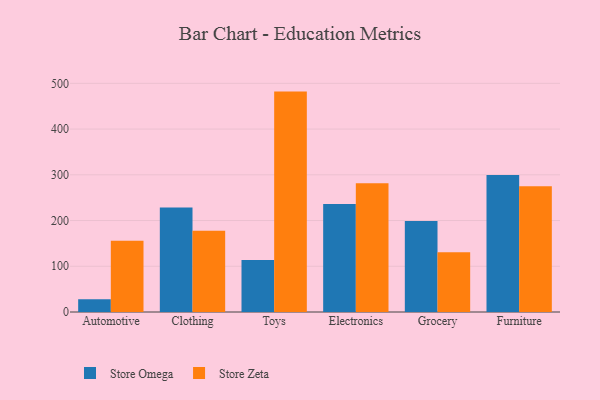
{"axis": {"x": "Category", "y": "Production Output"}, "legend": ["Store Omega", "Store Zeta"], "data": [{"x": "Automotive", "y": 28.1, "type": "Store Omega"}, {"x": "Automotive", "y": 155.7, "type": "Store Zeta"}, {"x": "Clothing", "y": 228.6, "type": "Store Omega"}, {"x": "Clothing", "y": 177.6, "type": "Store Zeta"}, {"x": "Toys", "y": 113.5, "type": "Store Omega"}, {"x": "Toys", "y": 481.9, "type": "Store Zeta"}, {"x": "Electronics", "y": 236.3, "type": "Store Omega"}, {"x": "Electronics", "y": 281.5, "type": "Store Zeta"}, {"x": "Grocery", "y": 199.2, "type": "Store Omega"}, {"x": "Grocery", "y": 130.4, "type": "Store Zeta"}, {"x": "Furniture", "y": 299.3, "type": "Store Omega"}, {"x": "Furniture", "y": 275.1, "type": "Store Zeta"}]}